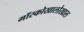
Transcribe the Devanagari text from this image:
मॉस्कोखालोखाल